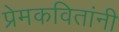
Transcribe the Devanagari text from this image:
प्रेमकवितांनी